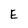
Character: E